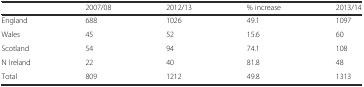
<table><thead><tr><td></td><td><b>2007/08</b></td><td><b>2012/13</b></td><td><b>% increase</b></td><td><b>2013/14</b></td></tr></thead><tbody><tr><td>England</td><td>688</td><td>1026</td><td>49.1</td><td>1097</td></tr><tr><td>Wales</td><td>45</td><td>52</td><td>15.6</td><td>60</td></tr><tr><td>Scotland</td><td>54</td><td>94</td><td>74.1</td><td>108</td></tr><tr><td>N Ireland</td><td>22</td><td>40</td><td>81.8</td><td>48</td></tr><tr><td>Total</td><td>809</td><td>1212</td><td>49.8</td><td>1313</td></tr></tbody></table>